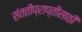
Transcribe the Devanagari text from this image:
संततीप्राप्तीसाठी